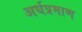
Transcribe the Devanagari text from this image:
अर्धप्रमाण